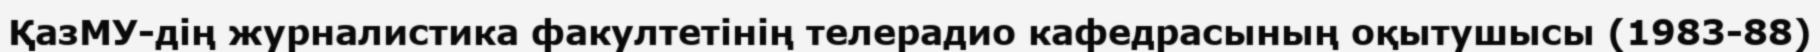
ҚазМУ-дің журналистика факултетінің телерадио кафедрасының оқытушысы (1983-88)